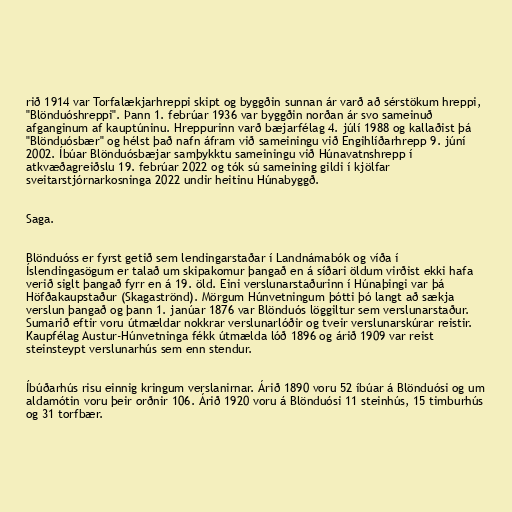
rið 1914 var Torfalækjarhreppi skipt og byggðin sunnan ár varð að sérstökum hreppi,
"Blönduóshreppi". Þann 1. febrúar 1936 var byggðin norðan ár svo sameinuð
afganginum af kauptúninu. Hreppurinn varð bæjarfélag 4. júlí 1988 og kallaðist þá
"Blönduósbær" og hélst það nafn áfram við sameiningu við Engihlíðarhrepp 9. júní
2002. Íbúar Blönduósbæjar samþykktu sameiningu við Húnavatnshrepp í
atkvæðagreiðslu 19. febrúar 2022 og tók sú sameining gildi í kjölfar
sveitarstjórnarkosninga 2022 undir heitinu Húnabyggð.

Saga.

Blönduóss er fyrst getið sem lendingarstaðar í Landnámabók og víða í
Íslendingasögum er talað um skipakomur þangað en á síðari öldum virðist ekki hafa
verið siglt þangað fyrr en á 19. öld. Eini verslunarstaðurinn í Húnaþingi var þá
Höfðakaupstaður (Skagaströnd). Mörgum Húnvetningum þótti þó langt að sækja
verslun þangað og þann 1. janúar 1876 var Blönduós löggiltur sem verslunarstaður.
Sumarið eftir voru útmældar nokkrar verslunarlóðir og tveir verslunarskúrar reistir.
Kaupfélag Austur-Húnvetninga fékk útmælda lóð 1896 og árið 1909 var reist
steinsteypt verslunarhús sem enn stendur.

Íbúðarhús risu einnig kringum verslanirnar. Árið 1890 voru 52 íbúar á Blönduósi og um
aldamótin voru þeir orðnir 106. Árið 1920 voru á Blönduósi 11 steinhús, 15 timburhús
og 31 torfbær.